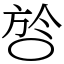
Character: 㫈